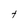
Character: t